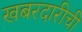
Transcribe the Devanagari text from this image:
खबरदारीची